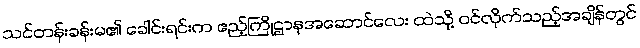
သင်တန်းခန်းမ၏ ခေါင်းရင်းက ဧည့်ကြိုဌာနအဆောင်လေး ထဲသို့ ဝင်လိုက်သည့်အချိန်တွင်